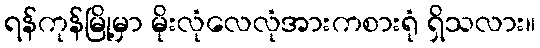
ရန်ကုန်မြို့မှာ မိုးလုံလေလုံအားကစားရုံ ရှိသလား။